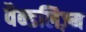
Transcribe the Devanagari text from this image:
वैन्डलिज़्म